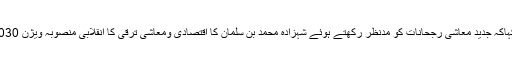
سعودی سفیر نے کہاکہ جدید معاشی رجحانات کو مدنظر رکھتے ہوئے شہزادہ محمد بن سلمان کا اقتصادی ومعاشی ترقی کا انقلابی منصوبہ ویژن 2030ء روبہ عمل ہے۔